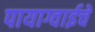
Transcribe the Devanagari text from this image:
पायाग्वाईचे